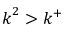
\boldsymbol { k } ^ { 2 } > k ^ { + }